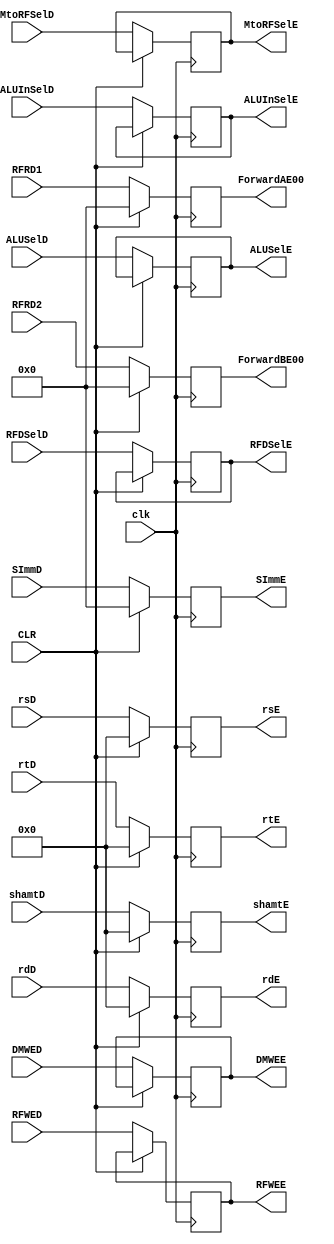
`timescale 1ns / 1ps

module EReg(
    input clk,
    input CLR,
    input RFWED,
    input MtoRFSelD,
    input DMWED,
    input [2:0] ALUSelD,
    input ALUInSelD,
    input RFDSelD,
    input [31:0] RFRD1,
    input [31:0] RFRD2,
    input [4:0] rsD,
    input [4:0] rtD,
    input [4:0] rdD,
    input [31:0] SImmD,
    input [4:0] shamtD,
    output reg RFWEE,
    output reg MtoRFSelE,
    output reg DMWEE,
    output reg [2:0] ALUSelE,
    output reg ALUInSelE,
    output reg RFDSelE,
    output reg [31:0] ForwardAE00,
    output reg [31:0] ForwardBE00,
    output reg [4:0] rsE,
    output reg [4:0] rtE,
    output reg [4:0] rdE,
    output reg [31:0] SImmE,
    output reg [4:0] shamtE
    );
    
    always @(posedge clk) begin
        if (CLR) begin
            ForwardAE00 <= 32'b00000000000000000000000000000000;
            ForwardBE00 <= 32'b00000000000000000000000000000000;
            rsE <= 5'b00000;
            rtE <= 5'b00000;
            rdE <= 5'b00000;
            SImmE <= 32'b00000000000000000000000000000000;
            shamtE <= 5'b00000;
        end
        else begin
            RFWEE <= RFWED;
            MtoRFSelE <= MtoRFSelD;
            DMWEE <= DMWED;
            ALUSelE <= ALUSelD;
            ALUInSelE <= ALUInSelD;
            RFDSelE <= RFDSelD;
            ForwardAE00 <= RFRD1;
            ForwardBE00 <= RFRD2;
            rsE <= rsD;
            rtE <= rtD;
            rdE <= rdD;
            SImmE <= SImmD;
            shamtE <= shamtD;
        end
    end
endmodule